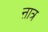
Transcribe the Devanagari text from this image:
ऩात्र